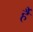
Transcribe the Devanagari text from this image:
र्है